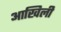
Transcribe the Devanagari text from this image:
आखिली